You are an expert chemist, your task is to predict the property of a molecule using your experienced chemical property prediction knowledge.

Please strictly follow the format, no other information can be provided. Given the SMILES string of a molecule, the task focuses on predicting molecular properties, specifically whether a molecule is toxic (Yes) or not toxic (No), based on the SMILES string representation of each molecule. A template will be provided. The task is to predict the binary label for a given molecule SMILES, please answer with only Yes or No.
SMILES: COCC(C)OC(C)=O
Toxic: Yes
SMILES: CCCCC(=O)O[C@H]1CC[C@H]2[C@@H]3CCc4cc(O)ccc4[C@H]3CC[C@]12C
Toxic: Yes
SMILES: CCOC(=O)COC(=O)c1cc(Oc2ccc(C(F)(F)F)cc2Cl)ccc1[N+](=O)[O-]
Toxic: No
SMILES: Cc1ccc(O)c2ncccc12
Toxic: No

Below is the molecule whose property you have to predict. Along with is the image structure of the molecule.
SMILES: CCCCOCC(C)O
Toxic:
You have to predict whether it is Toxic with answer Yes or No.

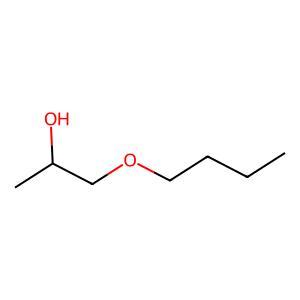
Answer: No